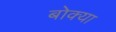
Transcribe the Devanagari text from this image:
बोक्‍या